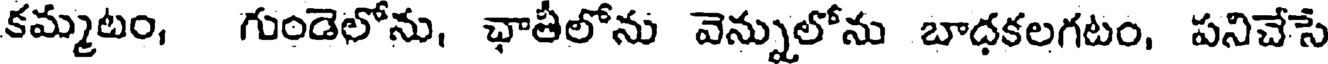
కమ్మటం, గుండెలోను, ఛాతీలోను వెన్నులోను బాధకలగటం, పనిచేసే